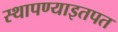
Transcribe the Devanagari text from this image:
स्थापण्याइतपत